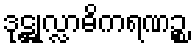
ဒုဋ္ဌုလ္လာဓိကရဏဉ္စ